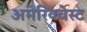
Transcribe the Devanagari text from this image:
अमेरिक्वेस्ट